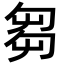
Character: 芻